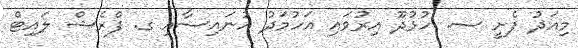
މިއަދު ފެށީ ސ. ހުޅުދޫ އިރުވައި އަހުމަދު އުނައިސާއި ގ. ފްރެޝް ލައިޓް